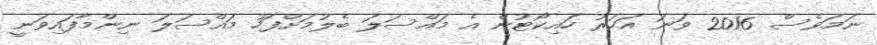
ނަމަވެސް 2016 ވަނަ އަހަރު ހައިކޯޓުން އެ މައްސަލަ ބެލުމަށްފަހު މައްސަލަ ނިންމާފައިވަނީ